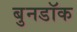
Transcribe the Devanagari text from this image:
बुनडॉक